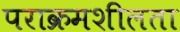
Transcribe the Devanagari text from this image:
पराक्रमशीलता